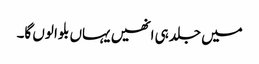
میں جلد ہی انھیں یہاں بلوا لوں گا۔